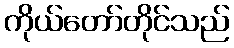
ကိုယ်တော်တိုင်သည်